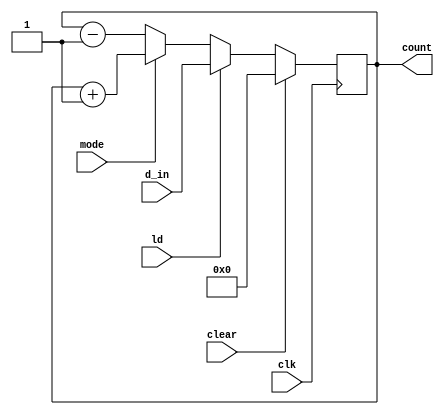
module up_down(mode, clear, clk, ld, d_in, count);
input mode, clk, ld, clear;
input [7:0] d_in;
output reg [7:0] count;
always @(posedge clk) begin
    if (clear) begin
        count <= 8'b00000000;
    end
    else if (ld) begin
        count <= d_in;
    end
    else if (mode) begin
        count <= count + 1;
    end
    else begin
        count <= count - 1;
    end    
end

endmodule